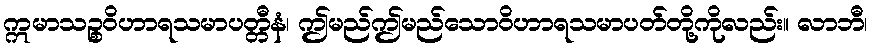
ဣမာသဉ္စဝိဟာရသမာပတ္တီနံ၊ ဤမည်ဤမည်သောဝိဟာရသမာပတ်တို့ကိုလည်း။ လာဘီ၊